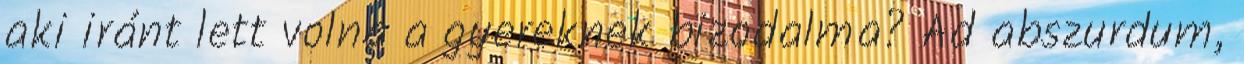
aki iránt lett volna a gyereknek bizodalma? Ad abszurdum,